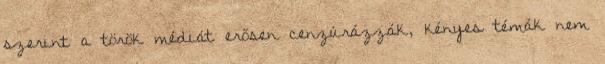
szerint a török médiát erősen cenzúrázzák, kényes témák nem